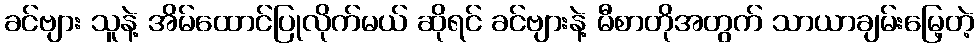
ခင်ဗျား သူနဲ့ အိမ်ထောင်ပြုလိုက်မယ် ဆိုရင် ခင်ဗျားနဲ့ မီစာတိုအတွက် သာယာချမ်းမြေ့တဲ့